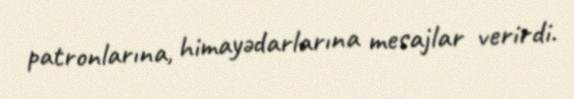
patronlarına, himayədarlarına mesajlar verirdi.